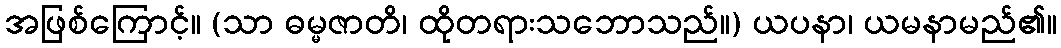
အဖြစ်ကြောင့်။ (သာ ဓမ္မဇာတိ၊ ထိုတရားသဘောသည်။) ယပနာ၊ ယမနာမည်၏။